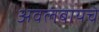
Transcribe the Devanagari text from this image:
अवलंबायचे